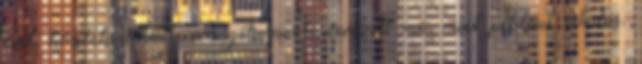
irat, köztük néhány evangéliumnak nevezett mű, mint például Júdás,